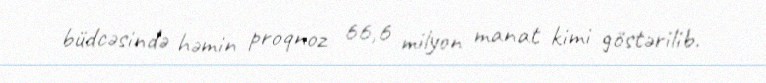
büdcəsində həmin proqnoz 66,6 milyon manat kimi göstərilib.